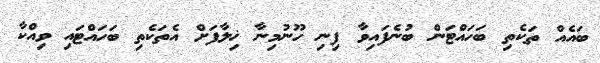
ބައެއް ތަކެތި ބަހައްޓަން ބުނެފައިވާ ފިނި ހޫނުމިނާ ޚިލާފަށް އެތަކެތި ބަހައްޓައި ވިއްކާ